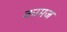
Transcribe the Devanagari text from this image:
कामज